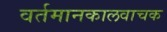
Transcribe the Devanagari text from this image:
वर्तमानकालवाचक